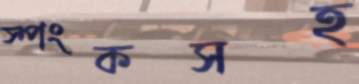
স্পংকসহ